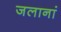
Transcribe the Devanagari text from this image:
जलानां